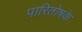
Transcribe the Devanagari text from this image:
पारितोषके